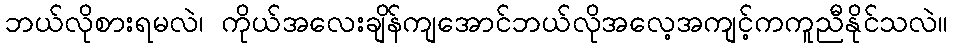
ဘယ်လိုစားရမလဲ၊ ကိုယ်အလေးချိန်ကျအောင်ဘယ်လိုအလေ့အကျင့်ကကူညီနိုင်သလဲ။